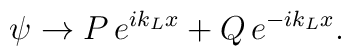
\psi\rightarrow P\, e^{ik_L x} + Q\, e^{-ik_L x}.